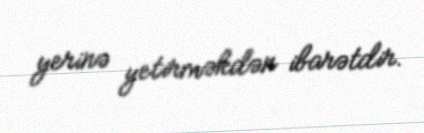
yerinə yetirməkdən ibarətdir.